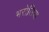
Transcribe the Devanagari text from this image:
भरोलिया